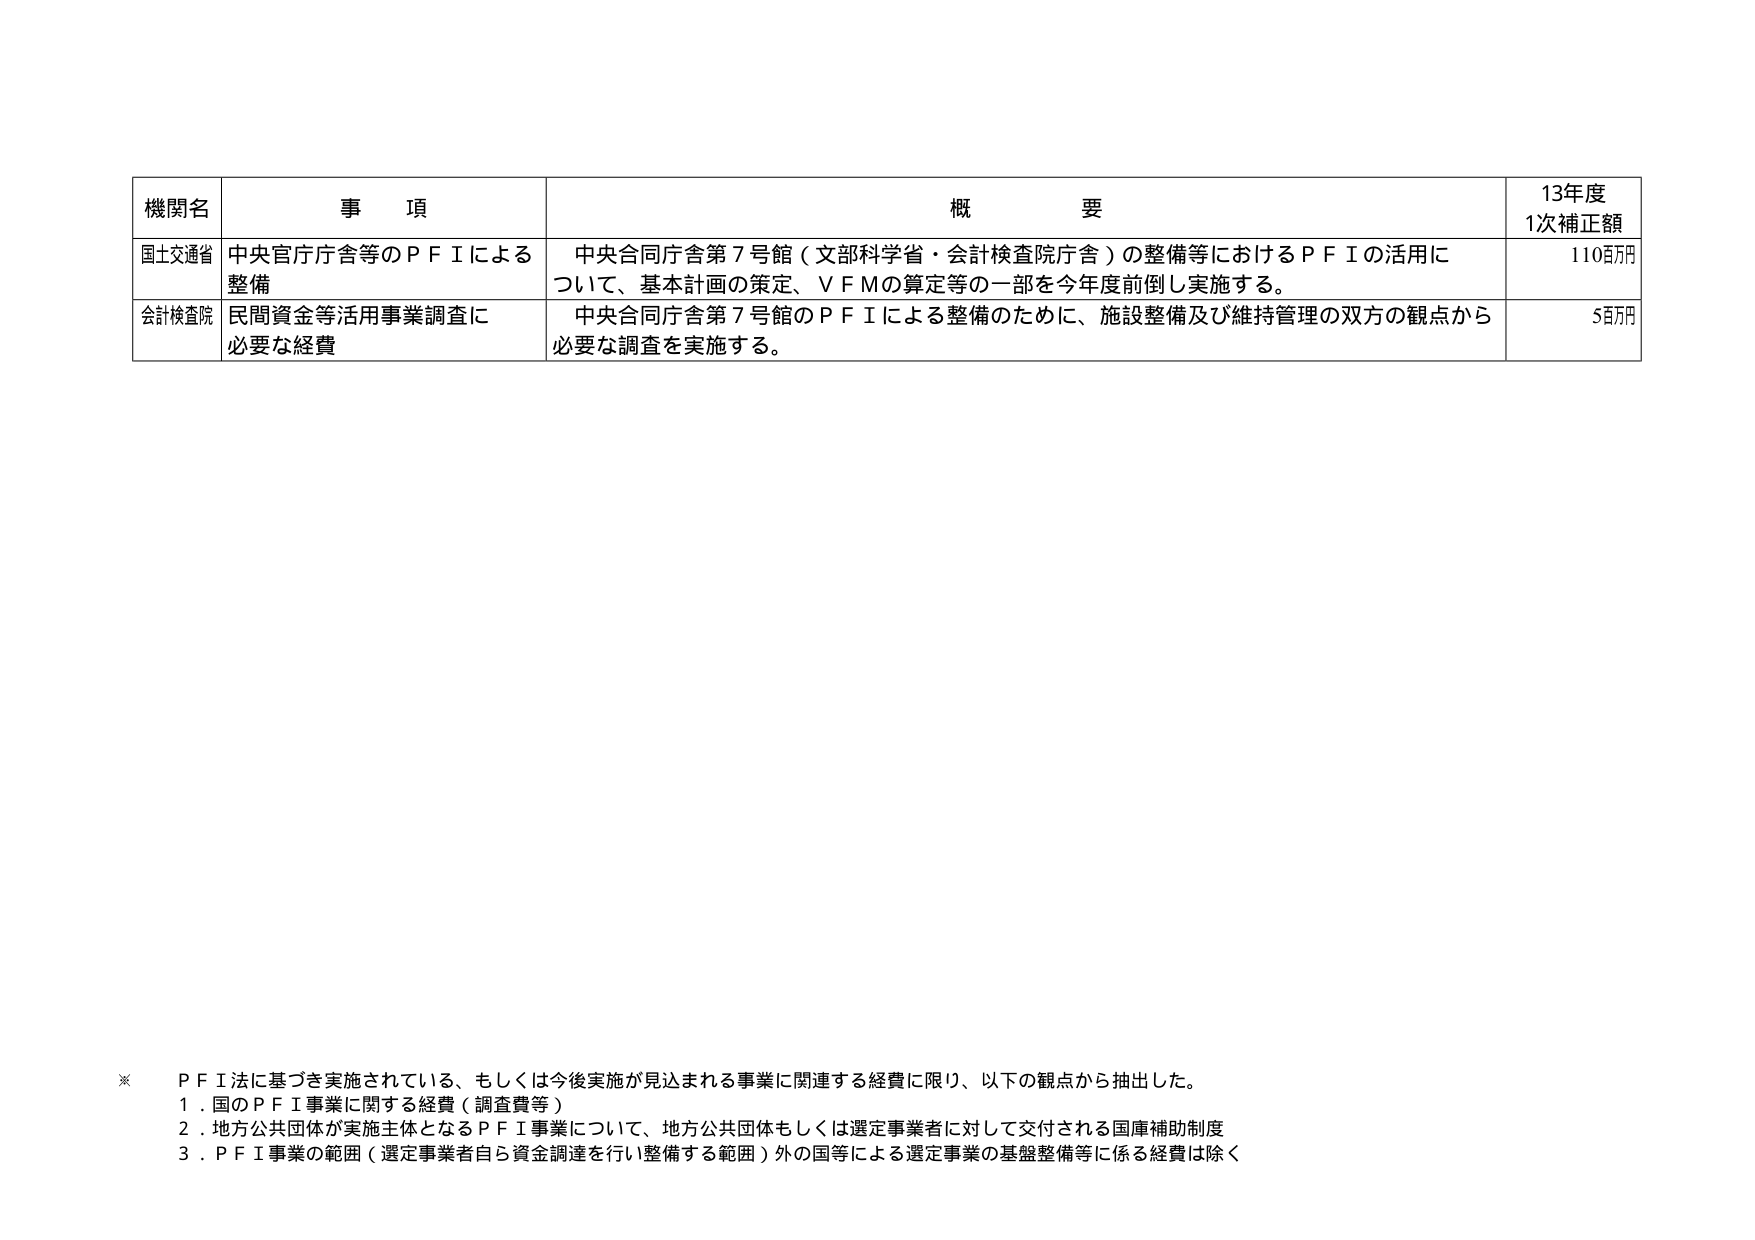
機関名 事項 概要 13年度 1次補正額
国土交通省 中央官庁庁舎等のＰＦＩによる整備 中央合同庁舎第７号館（文部科学省・会計検査院庁舎）の整備等におけるＰＦＩの活用について、基本計画の策定、ＶＦＭの算定等の一部を今年度前倒し実施する。 110百万円
会計検査院 民間資金等活用事業調査に必要な経費 中央合同庁舎第７号館のＰＦＩによる整備のために、施設整備及び維持管理の双方の観点から必要な調査を実施する。 5百万円
※ ＰＦＩ法に基づき実施されている、もしくは今後実施が見込まれる事業に関連する経費に限り、以下の観点から抽出した。
１．国のＰＦＩ事業に関する経費（調査費等）
２．地方公共団体が実施主体となるＰＦＩ事業について、地方公共団体もしくは選定事業者に対して交付される国庫補助制度
３．ＰＦＩ事業の範囲（選定事業者自ら資金調達を行い整備する範囲）外の国等による選定事業の基盤整備等に係る経費は除く